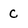
Character: c